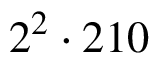
2 ^ { 2 } \cdot 2 1 0